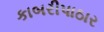
કાબરીપાઠાર